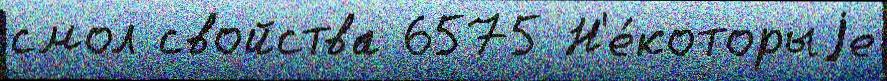
смол свойства 6575 Н'е́которыjе